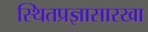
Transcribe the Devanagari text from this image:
स्थितप्रज्ञासारखा